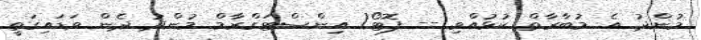
މުންދު އެ މުބާރާތް ކުޅުއްވި -- ފޮޓޯ/ އިންސްޓަގްރާމް މުންދު ދެން ވަޑައިގަތީ